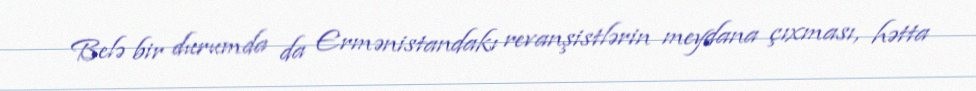
Belə bir durumda da Ermənistandakı revanşistlərin meydana çıxması, hətta